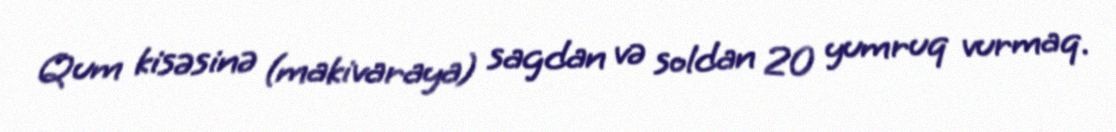
Qum kisəsinə (makivaraya) sagdan və soldan 20 yumruq vurmaq.